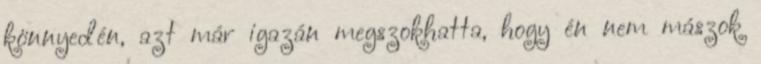
könnyedén, azt már igazán megszokhatta, hogy én nem mászok